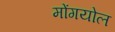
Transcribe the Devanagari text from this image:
मोंगयोल